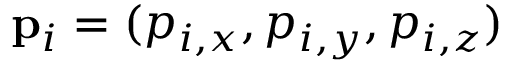
\mathbf { p } _ { i } = ( p _ { i , x } , p _ { i , y } , p _ { i , z } )